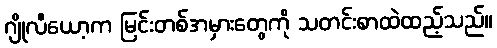
ဂျိုလီယော့က မြင်းတစ်အမှားတွေကို သတင်းစာထဲထည့်သည်။